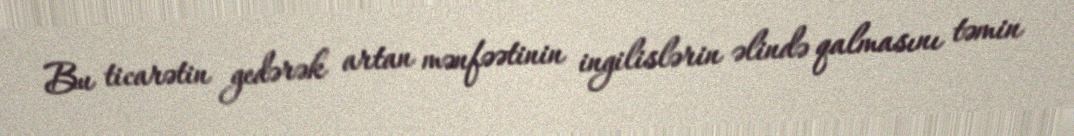
Bu ticarətin gedərək artan mənfəətinin ingilislərin əlində qalmasını təmin